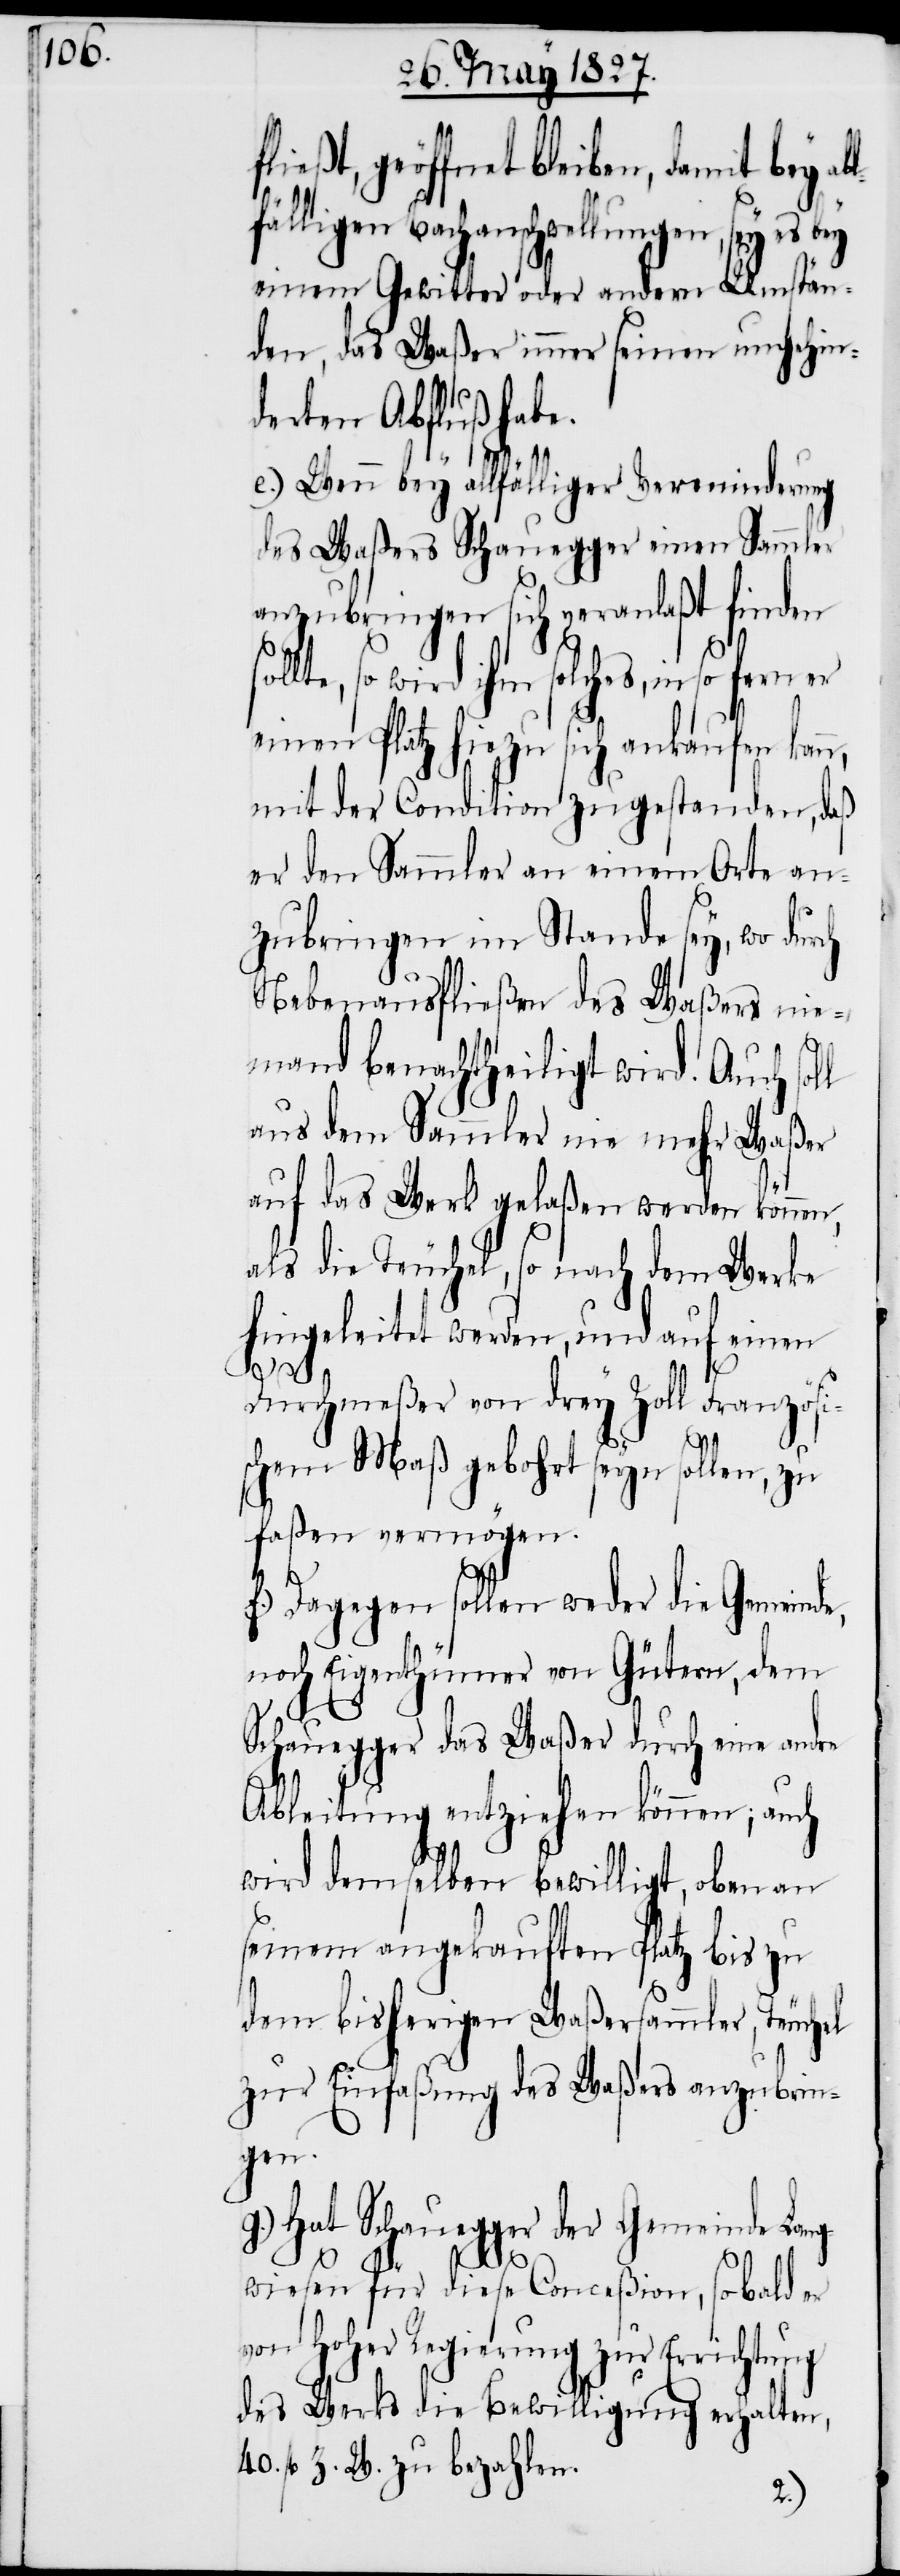
fnet bleiben, damit bey a¬
fälligen Bachanschwellungen, sey es
einem Gewitter oder andern Umstän¬
den, das Waßer immer seinen ungehin¬
derten Abfluß habe.
sol¬
e.) Wenn bey allfälliger Verminderung
des Waßers Schauegger einen Sammler
anzubringen sich veranlaßt finden
lte, so wird ihm solches, in so fern
einen Platz hiezu sich ankaufen kan¬
mit der Condition zugestanden, daß
er den Sammler an einem Orte an¬
zubringen im Stande sey, wo dur¬
Nebenausfließen des Waßers nie¬
mand benachtheiligt wird. Auch soll
aus dem Sammler nie mehr Waßer
auf das Werk gelaßen werden können,
als die Teuchel, so nach dem Werke
hingeleitet werden, und auf einen
Durchmeßer von drey Zoll Französi¬
schem Maß gebohrt seyn sollen,
faßen vermögen.
f.) Dagegen sollen weder die Gemeind¬
noch Eigenthümer von Gütern, dem
Schauegger das Waßer durch eine andre
e,
Ableitung entziehen können; auch
wird demselben bewilligt, ob an
seinem angekauften Platz bis zu
dem bisherigen Waßersammler, Teuchel
zur Einfaßung des Waßers anzubrin¬
gen.
g.) Hat Schauegger der Gemeinde Lang¬
ch
wiesen für diese Conceßion, so bald er
von Hoher Regierung zur Errichtung
des Werks die Bewilligung erhalten,
40. fl. Z. W. zu bezahlen.